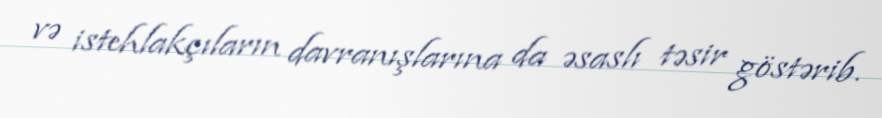
və istehlakçıların davranışlarına da əsaslı təsir göstərib.